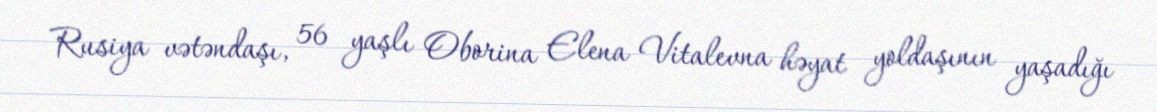
Rusiya vətəndaşı, 56 yaşlı Oborina Elena Vitalevna həyat yoldaşının yaşadığı